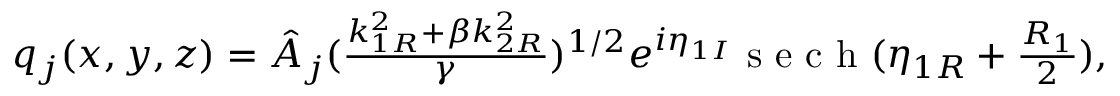
\begin{array} { r } { q _ { j } ( x , y , z ) = \hat { A } _ { j } ( \frac { k _ { 1 R } ^ { 2 } + \beta k _ { 2 R } ^ { 2 } } { \gamma } ) ^ { 1 / 2 } e ^ { i \eta _ { 1 I } } \mathrm { ~ s ~ e ~ c ~ h ~ } ( \eta _ { 1 R } + \frac { R _ { 1 } } { 2 } ) , } \end{array}